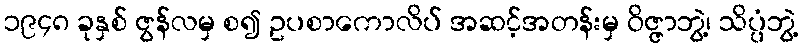
၁၉၄၈ ခုနှစ် ဇွန်လမှ စ၍ ဥပစာကောလိပ် အဆင့်အတန်းမှ ဝိဇ္ဇာဘွဲ့၊ သိပ္ပံဘွဲ့